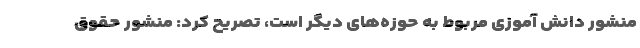
منشور دانش آموزی مربوط به حوزه‌های دیگر است، تصریح کرد: منشور حقوق